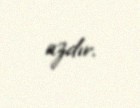
azdır.